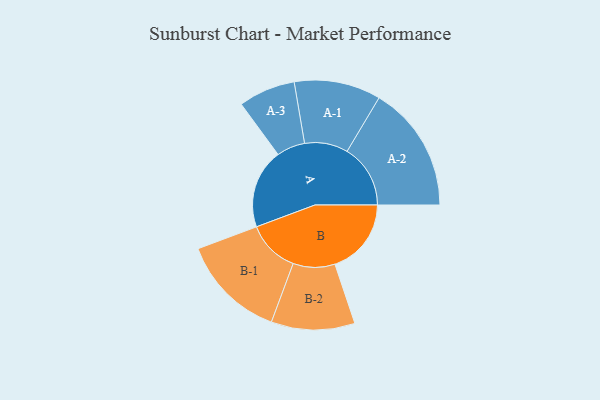
{"axis": {"x": "Segment", "y": "Value"}, "legend": ["", "A", "B"], "data": [{"x": "A", "y": 310, "type": ""}, {"x": "B", "y": 298, "type": ""}, {"x": "A-1", "y": 169, "type": "A"}, {"x": "A-2", "y": 247, "type": "A"}, {"x": "A-3", "y": 111, "type": "A"}, {"x": "B-1", "y": 205, "type": "B"}, {"x": "B-2", "y": 163, "type": "B"}]}